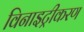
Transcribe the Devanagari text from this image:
विनाइट्रीकरण